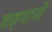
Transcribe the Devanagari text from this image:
चाहमानों